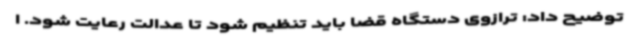
توضیح داد: ترازوی دستگاه قضا باید تنظیم شود تا عدالت رعایت شود. ا